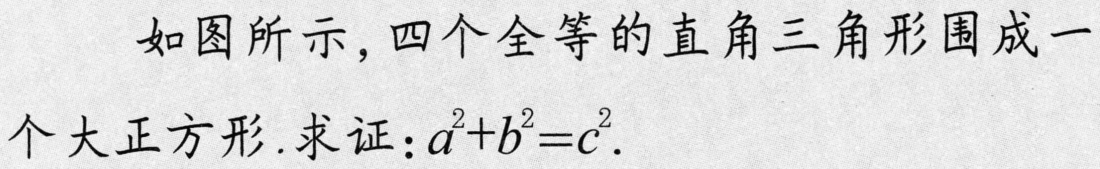
如图所示，四个全等的直角三角形围成一个大正方形. 求证：\(a^{2}+b^{2}=c^{2}\).